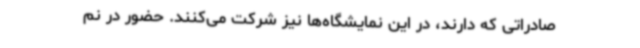
صادراتی که دارند، در این نمایشگاه‌ها نیز شرکت می‌کنند. حضور در نم